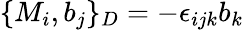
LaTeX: \{ M_{i},b_{j}\} _{D}=-\epsilon_{ijk}b_{k}